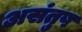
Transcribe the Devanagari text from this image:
असंतुष